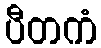
ပီတကံ